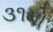
૩૧મો